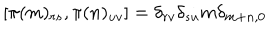
LaTeX: [ \pi ( m ) _ { r s } , \pi ( n ) _ { u v } ] = \delta _ { r v } \delta _ { s u } m \delta _ { m + n , 0 }